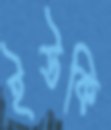
ইউকি